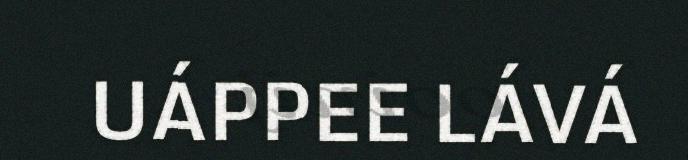
UÁPPEE LÁVÁ